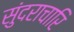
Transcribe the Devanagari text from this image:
सुंदराचारि